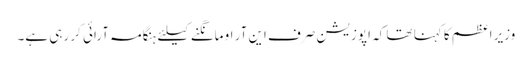
وزیر اعظم کا کہنا تھا کہ اپوزیشن صرف این آر او مانگنے کیلئے ہنگامہ آرائی کر رہی ہے۔